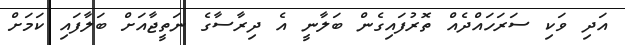
އަދި ވަކި ސަރަހައްދެއް ތޮރުފައިގެން ބަލާނީ އެ ދިރާސާގެ ނަތީޖާއަށް ބަލާފައި ކަމަށް